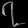
Digit: ၇